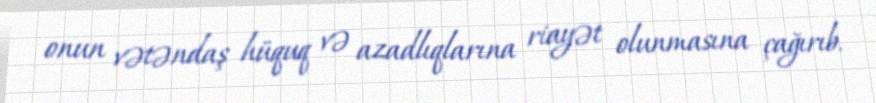
onun vətəndaş hüquq və azadlıqlarına riayət olunmasına çağırıb.